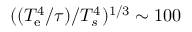
( ( T _ { \mathrm { e } } ^ { 4 } / \tau ) / T _ { s } ^ { 4 } ) ^ { 1 / 3 } \sim 1 0 0